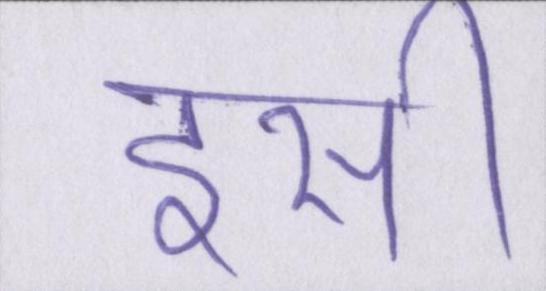
इसी